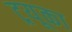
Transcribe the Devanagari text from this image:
ट्रयूका